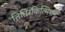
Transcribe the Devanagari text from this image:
तित्तिरकिल्मिषान्